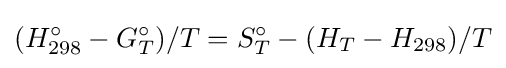
(H_{298}^{\circ }-G_{T}^{\circ })/T=S_{T}^{\circ }-(H_{T}-H_{298})/T